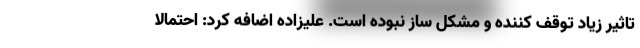
تاثیر زیاد توقف کننده و مشکل ساز نبوده است. علیزاده اضافه کرد: احتمالا